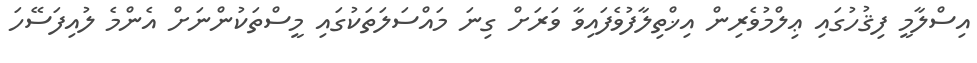
އިސްލާމީ ފިޤުހުގައި ޢިލްމުވެރިން އިޚްތިލާފުވެފައިވާ ވަރަށް ގިނަ މައްސަލަތަކުގައި މީސްތަކުންނަށް އެންމެ ލުއިފަސޭހަ